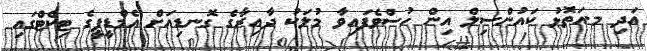
އަދި މ.އަތޮޅު ކައުންސިލް އިން ހުސްވެފައިވާ މުލަކު ދާއިރާގެ ގޮނޑިއަށް އެމްޑީޕީގެ ޓިކެޓްގައި